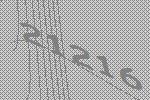
21216